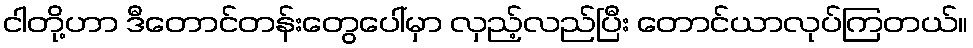
ငါတို့ဟာ ဒီတောင်တန်းတွေပေါ်မှာ လှည့်လည်ပြီး တောင်ယာလုပ်ကြတယ်။